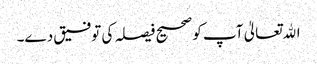
اﷲتعالیٰ آپ کو صحیح فیصلہ کی توفیق دے۔